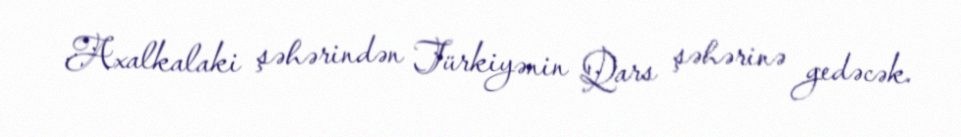
Axalkalaki şəhərindən Türkiyənin Qars şəhərinə gedəcək.